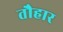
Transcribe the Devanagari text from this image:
तौहार